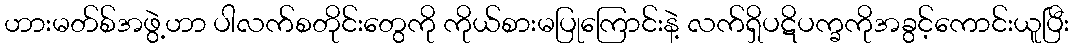
ဟားမတ်စ်အဖွဲ့ဟာ ပါလက်စတိုင်းတွေကို ကိုယ်စားမပြုကြောင်းနဲ့ လက်ရှိပဋိပက္ခကိုအခွင့်ကောင်းယူပြီး